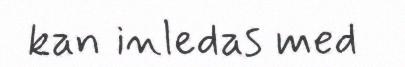
kan inledas med